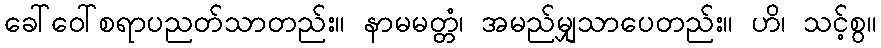
ခေါ်ဝေါ်စရာပညတ်သာတည်း။ နာမမတ္တံ၊ အမည်မျှသာပေတည်း။ ဟိ၊ သင့်စွ။